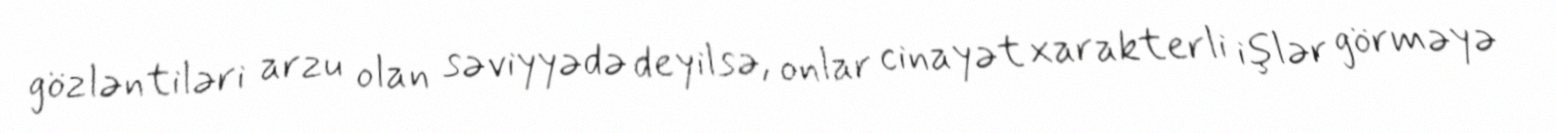
gözləntiləri arzu olan səviyyədə deyilsə, onlar cinayət xarakterli işlər görməyə